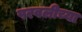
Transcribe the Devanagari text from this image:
परवलीच्या